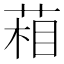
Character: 葙